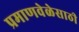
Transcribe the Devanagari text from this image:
प्रमाणवेळेसाठी